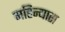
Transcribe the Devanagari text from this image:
महिन्यास